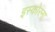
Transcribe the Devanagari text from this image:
इस्कोरना